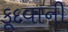
કૂદવાની